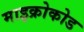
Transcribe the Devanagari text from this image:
माइक्रोकोड